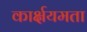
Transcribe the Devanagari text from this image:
कार्क्षयमता